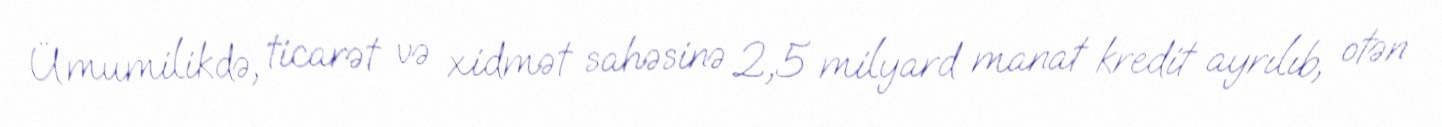
Ümumilikdə, ticarət və xidmət sahəsinə 2,5 milyard manat kredit ayrılıb, otən